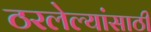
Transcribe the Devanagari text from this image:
ठरलेल्यांसाठी